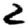
Digit: 2